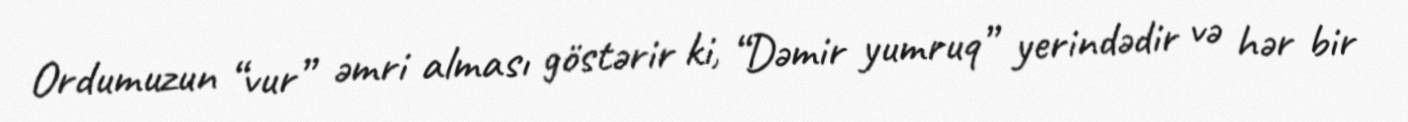
Ordumuzun “vur” əmri alması göstərir ki, “Dəmir yumruq” yerindədir və hər bir